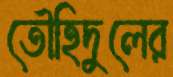
তৌহিদুলের